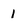
Character: 1